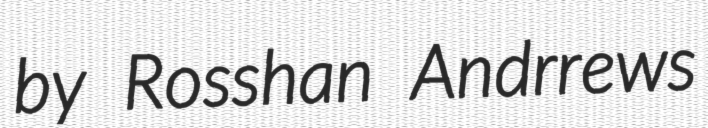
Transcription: by Rosshan Andrrews